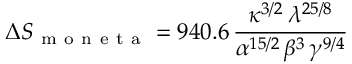
\Delta S _ { \mathrm { ~ m ~ o ~ n ~ e ~ t ~ a ~ } } = 9 4 0 . 6 \, \frac { \kappa ^ { 3 / 2 } \, \lambda ^ { 2 5 / 8 } } { \alpha ^ { 1 5 / 2 } \, \beta ^ { 3 } \, \gamma ^ { 9 / 4 } }